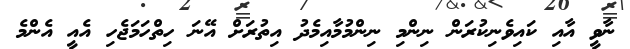
ނާވީ އާއި ކައިވެނިކުރަން ނިންމި ނިންމުމާއިމެދު އިތުރަށް އޭނަ ހިތްހަމަޖެހި އެއީ އެންމެ